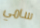
سامي